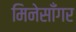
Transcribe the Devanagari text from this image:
मिनेसाँगर